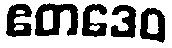
ဧတဒေဝ